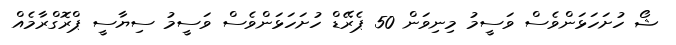
ޝޯ ހުށަހަޅަންވެސް ވަސީމު މިނިވަން 50 ޕެރޭޑް ހުށަހަޅަންވެސް ވަސީމު ސިޔާސީ ޕްރޮގްރާމެއް